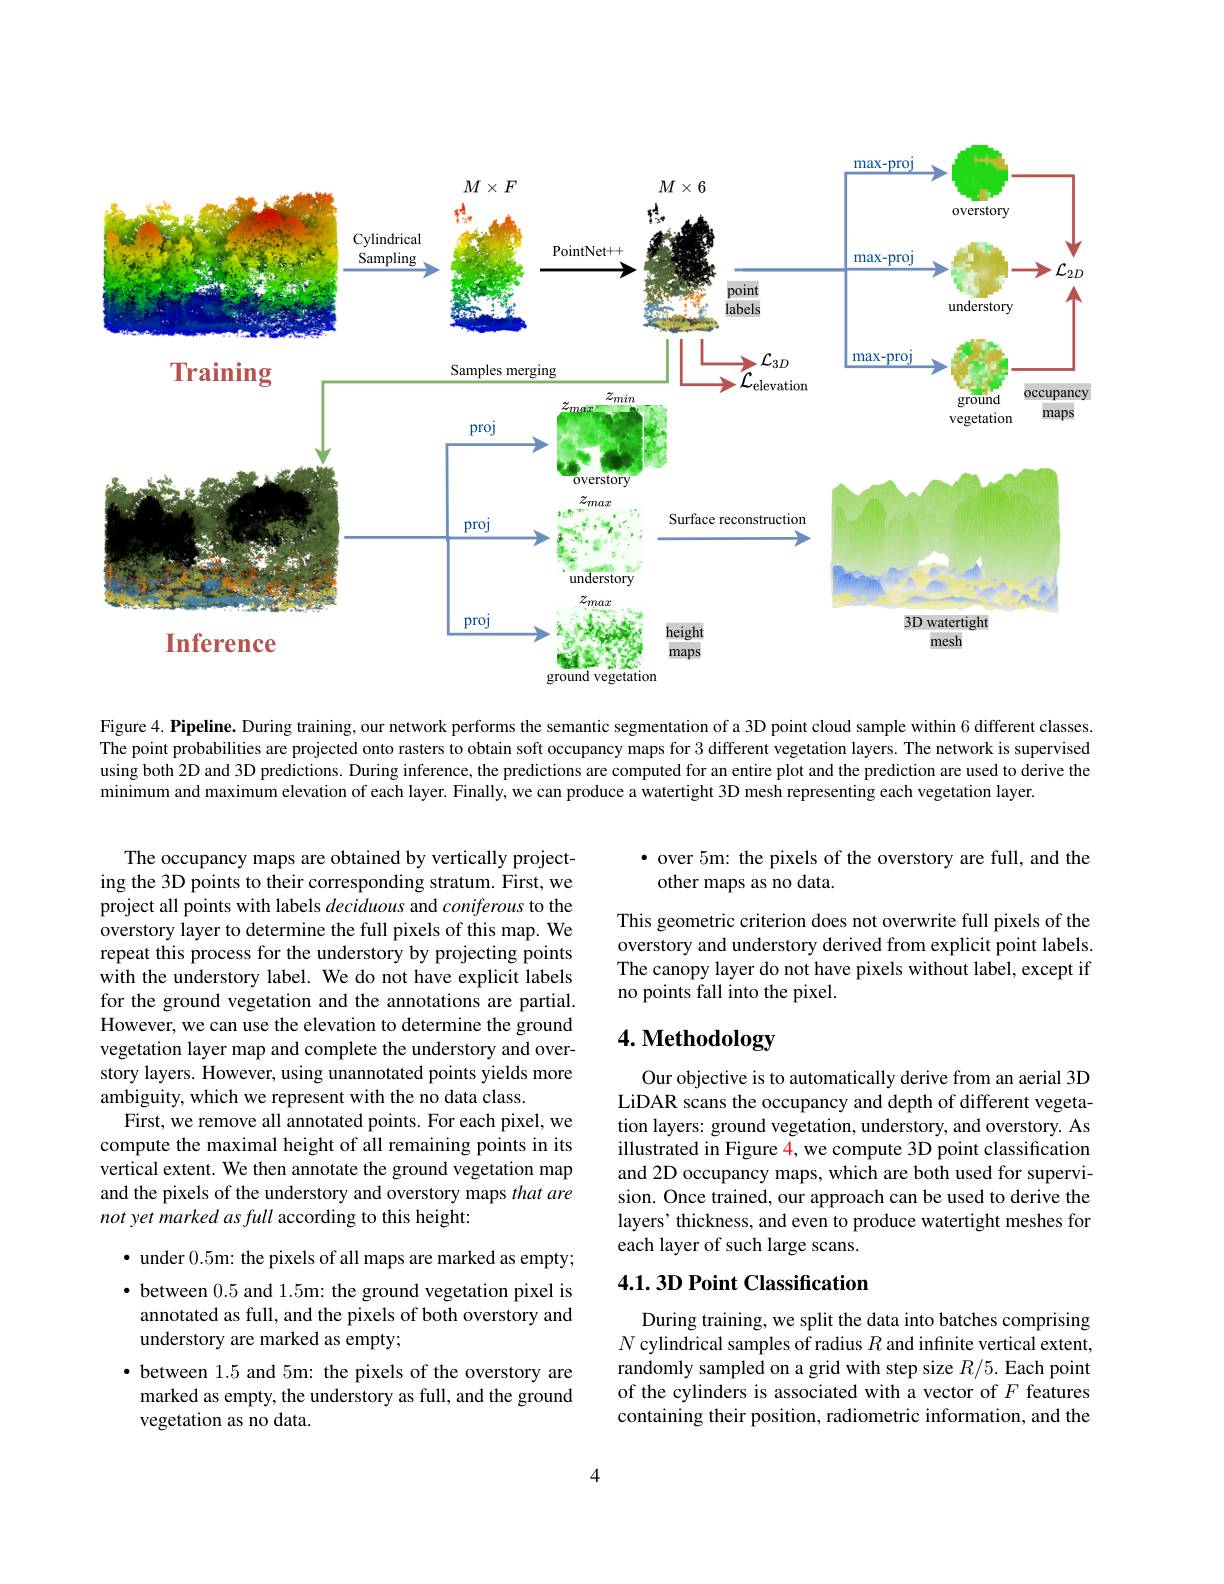
<FigureHere>

Figure 4. Pipeline. During training, our network performs the semantic segmentation of a 3D point cloud sample within 6 different classes The point probabilities are projected onto rasters to obtain soft occupancy maps for 3 different vegetation layers. The network is supervised using both 2D and 3D predictions. During inference, the predictions are computed for an entire plot and the prediction are used to derive the $\bar{\text{minimum and maximum elevation of each layer. Finally, we can produce a watertight 3D mesh representing each vegetation layer.}}$

· over 5m: the pixels of the overstory are full, and the
other maps as no data.

This geometric criterion does not overwrite full pixels of the overstory and understory derived from explicit point labels. The canopy layer do not have pixels without label, except if no points fall into the pixel.

The occupancy maps are obtained by vertically projecting the 3D points to their corresponding stratum. First, we project all points with labels deciduous and coniferous to the overstory layer to determine the full pixels of this map. We repeat this process for the understory by projecting points with the understory label. We do not have explicit labels for the ground vegetation and the annotations are partial. However, we can use the elevation to determine the ground vegetation layer map and complete the understory and overstory layers. However, using unannotated points yields more ambiguity, which we represent with the no data class.
First, we remove all annotated points. For each pixel, we compute the maximal height of all remaining points in its vertical extent. We then annotate the ground vegetation map and the pixels of the understory and overstory maps that are not yet marked as full according to this height:

# 4. Methodology

Our objective is to automatically derive from an aerial 3D LiDAR scans the occupancy and depth of different vegetation layers: ground vegetation, understory, and overstory. As illustrated in Figure $\color{red}{4,\text{we compute 3D point classification}}$ and 2D occupancy maps, which are both used for supervision. Once trained, our approach can be used to derive the layers' thickness, and even to produce watertight meshes for each layer of such large scans.

## $4.1.3D$ Point Classification

$\bullet$ under 0.5m: the pixels of all maps are marked as empty; $\bullet$ between 0.5 and 1.5m: the ground vegetation pixel is annotated as full, and the pixels of both overstory and## understory are marked as empty;

During training, we split the data into batches comprising $N$ cylindrical samples of radius $R$ and infinite vertical extent, randomly sampled on a grid with step size $R/5.$ Each point of the cylinders is associated with a vector of $F$ features containing their position, radiometric information, and the

· between 1.5 and 5m: the pixels of the overstory are marked as empty, the understory as full, and the ground vegetation as no data.

4